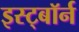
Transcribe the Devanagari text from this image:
इस्ट्बॉर्न